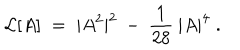
LaTeX: { \cal { L } } [ A ] \; = \; | A ^ { 2 } | ^ { 2 } \: - \: \frac { 1 } { 2 8 } \: | A | ^ { 4 } \; .